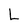
Character: L